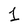
Character: 1